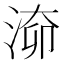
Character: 𣶐